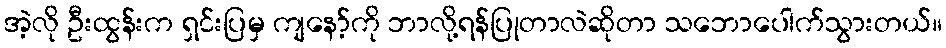
အဲ့လို ဦးထွန်းက ရှင်းပြမှ ကျနော့်ကို ဘာလို့ရန်ပြုတာလဲဆိုတာ သဘောပေါက်သွားတယ်။